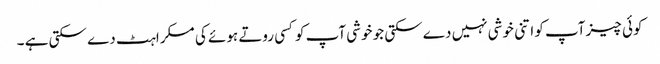
کوئی چیز آپ کو اتنی خوشی نہیں دے سکتی جو خوشی آپ کوکسی روتے ہوئے کی مسکراہٹ دے سکتی ہے ۔